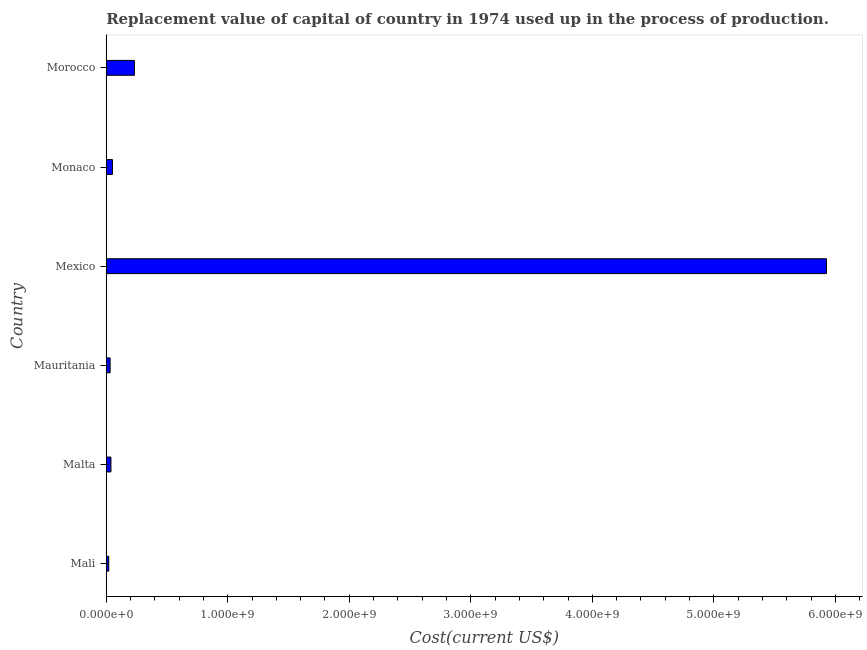
| Country | Consumption of fixed capital |
 | --- | --- |
 | Mali | 2.05e+07 |
 | Malta | 3.86e+07 |
 | Mauritania | 3.18e+07 |
 | Mexico | 5.93e+09 |
 | Monaco | 5.11e+07 |
 | Morocco | 2.32e+08 |